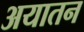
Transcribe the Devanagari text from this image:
अयातन